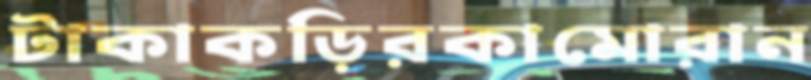
টাকাকড়িরকামোরান